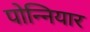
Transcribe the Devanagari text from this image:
पोन्नियार